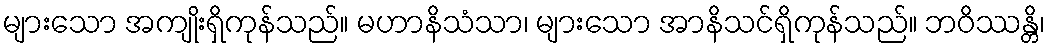
များသော အကျိုးရှိကုန်သည်။ မဟာနိသံသာ၊ များသော အာနိသင်ရှိကုန်သည်။ ဘဝိဿန္တိ၊